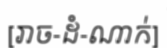
[រាច-ដំ-ណាក់]